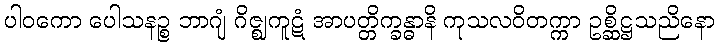
ပါဝကော ပေါသနဉ္စ ဘာဂျံ ဂိဇ္ဈကူဋံ အာပတ္တိက္ခန္ဓာနိ ကုသလဝိတက္ကာ ဥစ္ဆိဋ္ဌသညိနော